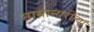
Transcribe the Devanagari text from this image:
सामान्यरीत्या